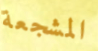
المشجعة